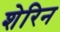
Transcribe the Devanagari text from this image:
शेरिन